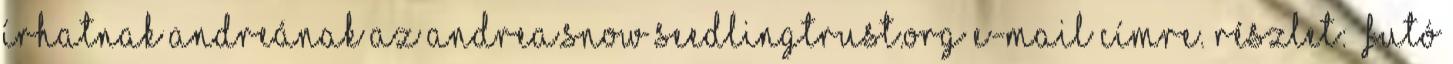
írhatnak Andreának az andrea.snow seedlingtrust.org e-mail címre. Részlet: „Futó